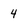
Character: 4